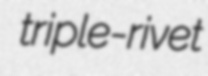
triple-rivet